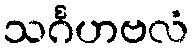
သင်္ဂဟဗလံ